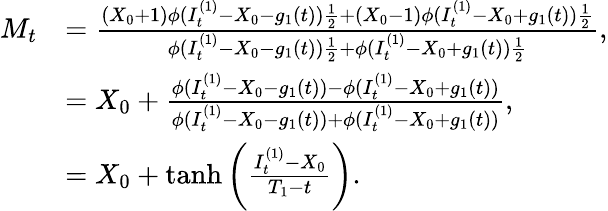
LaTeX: \begin{array}{rl}{M_{t}}&{=\frac{(X_{0}+1)\phi(I_{t}^{(1)}-X_{0}-g_{1}(t))\frac{1}{2}+(X_{0}-1)\phi(I_{t}^{(1)}-X_{0}+g_{1}(t))\frac{1}{2}}{\phi(I_{t}^{(1)}-X_{0}-g_{1}(t))\frac{1}{2}+\phi(I_{t}^{(1)}-X_{0}+g_{1}(t))\frac{1}{2}},}\\ &{=X_{0}+\frac{\phi(I_{t}^{(1)}-X_{0}-g_{1}(t))-\phi(I_{t}^{(1)}-X_{0}+g_{1}(t))}{\phi(I_{t}^{(1)}-X_{0}-g_{1}(t))+\phi(I_{t}^{(1)}-X_{0}+g_{1}(t))},}\\ &{=X_{0}+\operatorname{tanh}\left(\frac{I_{t}^{(1)}-X_{0}}{T_{1}-t}\right).}\end{array}